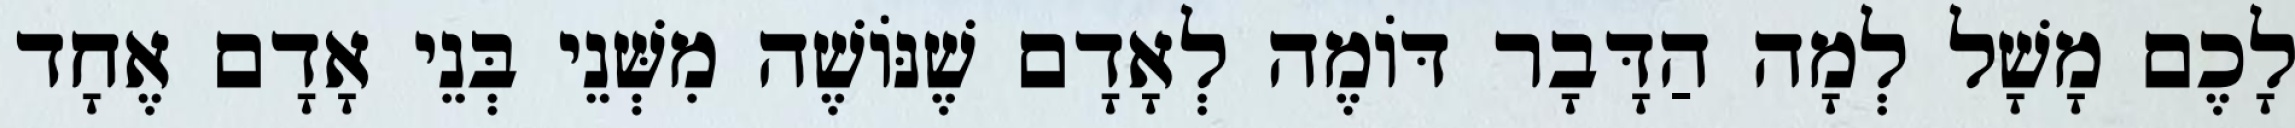
לָכֶם מָשָׁל לְמָה הַדָּבָר דּוֹמֶה לְאָדָם שֶׁנּוֹשֶׁה מִשְּׁנֵי בְּנֵי אָדָם אֶחָד